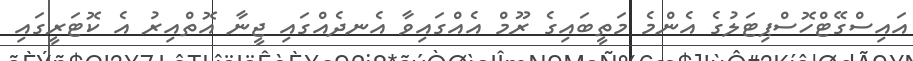
އައިސްގޭޓްހޮސްޕިޓަލުގެ އެންމެ މަތީބައިގެ ރޫމް އެއްގައިވާ އެނދެއްގައި ޖީނާ އޮތްއިރު އެ ކޮޓަރީގައި